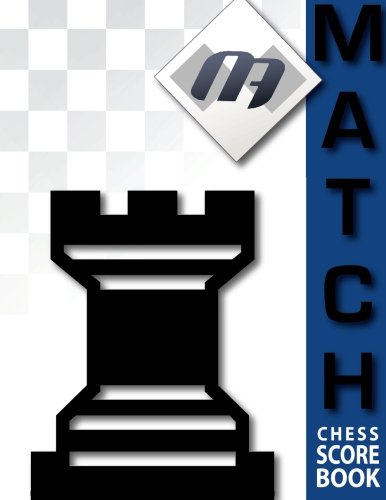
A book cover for MATCH Chess Scorebook; GM Maurice Ashley; Humor & Entertainment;